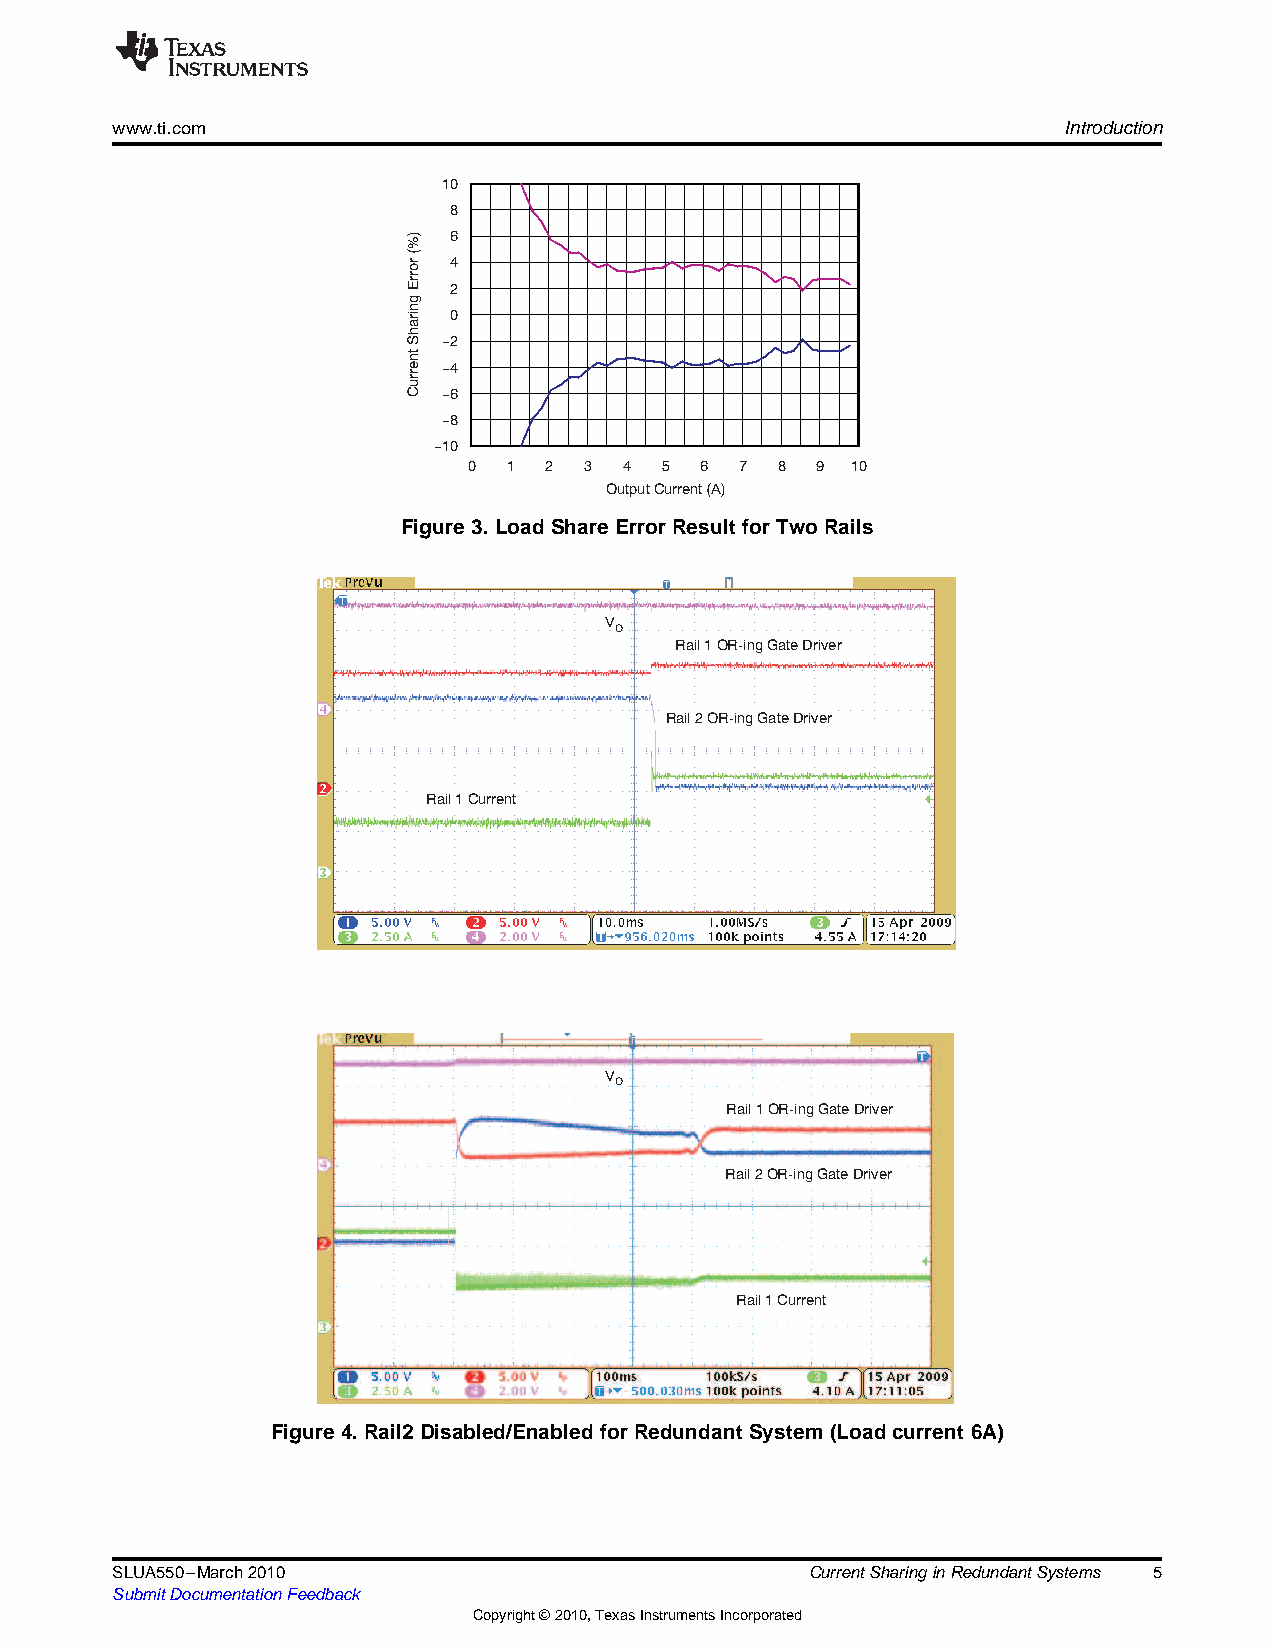
www.ti.com                                                     Introduction
 10
 8
 %) 6
 or
 (
 4
 Err
 2
 g
 arin 0
 Sh -2
 ent
 -4
 Curr
 -6
 -8
 -10
 0  1 2  3 4  5 6  7 8  9 10
 Output Current (A)
 Figure3.LoadShareErrorResultforTwoRails
 V
 O
 Rail 1 OR-ing Gate Driver
 Rail 2 OR-ing Gate Driver
 Rail 1 Current
 V
 O
 Rail 1 OR-ing Gate Driver
 Rail 2 OR-ing Gate Driver
 Rail 1 Current
 Figure4.Rail2Disabled/EnabledforRedundant System(Loadcurrent6A)
 SLUA550–March2010                              CurrentSharinginRedundantSystems 5
 SubmitDocumentationFeedback
 Copyright©2010,TexasInstrumentsIncorporated